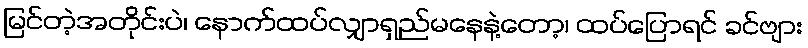
မြင်တဲ့အတိုင်းပဲ၊ နောက်ထပ်လျှာရှည်မနေနဲ့တော့၊ ထပ်ပြောရင် ခင်ဗျား